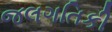
જલગતિકી